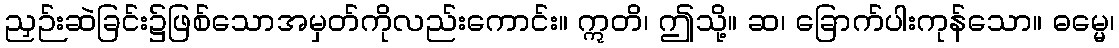
ညှဉ်းဆဲခြင်း၌ဖြစ်သောအမှတ်ကိုလည်းကောင်း။ ဣတိ၊ ဤသို့။ ဆ၊ ခြောက်ပါးကုန်သော။ ဓမ္မေ၊